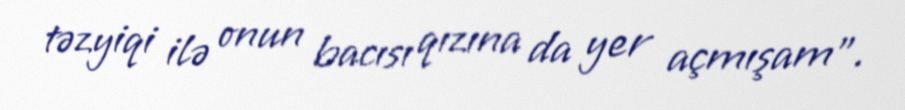
təzyiqi ilə onun bacısı qızına da yer açmışam”.